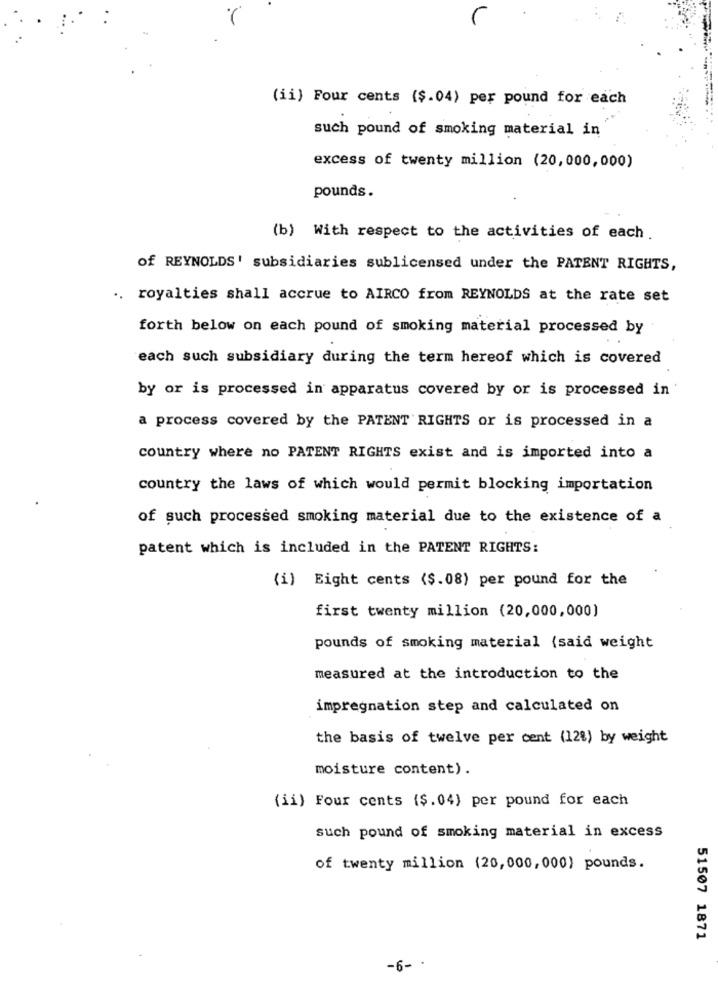
(ii) Four cents ($.04) per pound for each
such pound of smoking material in
excess of twenty million (20,000,000)
pounds.
(b) With respect to the activities of each.
of REYNOLDS' subsidiaries sublicensed under the PATENT RIGHTS,
.. royalties shall accrue to AIRCO from REYNOLDS at the rate set
forth below on each pound of smoking material processed by
each such subsidiary during the term hereof which is covered
by or is processed in apparatus covered by or is processed in
a process covered by the PATENT RIGHTS or is processed in a
country where no PATENT RIGHTS exist and is imported into a
country the laws of which would permit blocking importation
of such processed smoking material due to the existence of a
patent which is included in the PATENT RIGHTS:
(i) Eight cents ($.08) per pound for the
first twenty million (20,000,000)
pounds of smoking material {said weight
measured at the introduction to the
impregnation step and calculated on
the basis of twelve per cent (12%) by weight
moisture content) .
(ii) Four cents ($.04) per pound for each
such pound of smoking material in excess
of twenty million (20,000, 000) pounds.
51507 1871
-6-